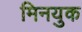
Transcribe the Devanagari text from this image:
मिनयुक